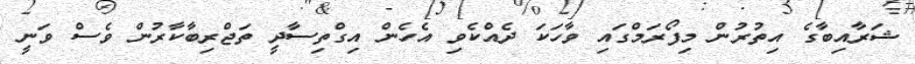
ޝަރާއިބާގެ އިތުރުން މިފޯރަމްގައި ވާހަކަ ދެއްކެވި އެހެން އިގްތިސާދީ ތަޖްރިބާކާރުން ވެސް ވަނީ